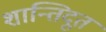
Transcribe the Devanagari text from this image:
शान्तिदूत